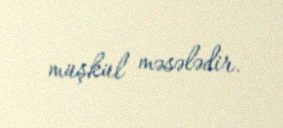
müşkül məsələdir.